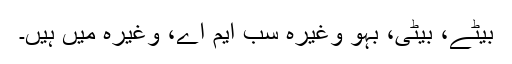
بیٹے، بیٹی، بہو وغیرہ سب ایم اے، وغیرہ میں ہیں۔